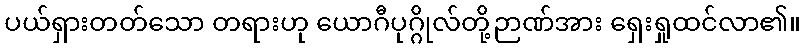
ပယ်ရှားတတ်သော တရားဟု ယောဂီပုဂ္ဂိုလ်တို့ဉာဏ်အား ရှေးရှုထင်လာ၏။